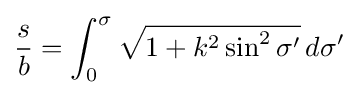
{\frac {s}{b}}=\int _{0}^{\sigma }{\sqrt {1+k^{2}\sin ^{2}\sigma '}}\,d\sigma '